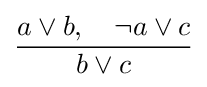
{\frac {a\vee b,\quad \neg a\vee c}{b\vee c}}